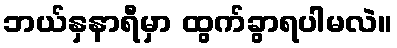
ဘယ်နှနာရီမှာ ထွက်ခွာရပါမလဲ။